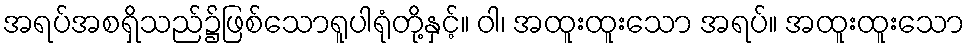
အရပ်အစရှိသည်၌ဖြစ်သောရူပါရုံတို့နှင့်။ ဝါ၊ အထူးထူးသော အရပ်။ အထူးထူးသော